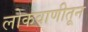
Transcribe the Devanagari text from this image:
लोकवाणीतून